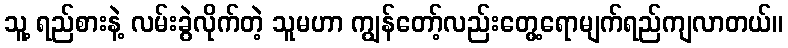
သူ့ ရည်စားနဲ့ လမ်းခွဲလိုက်တဲ့ သူမဟာ ကျွန်တော့်လည်းတွေ့ရောမျက်ရည်ကျလာတယ်။